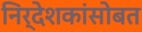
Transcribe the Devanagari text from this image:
निर्देशकांसोबत